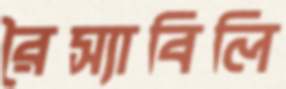
রৈস্যাবিলি